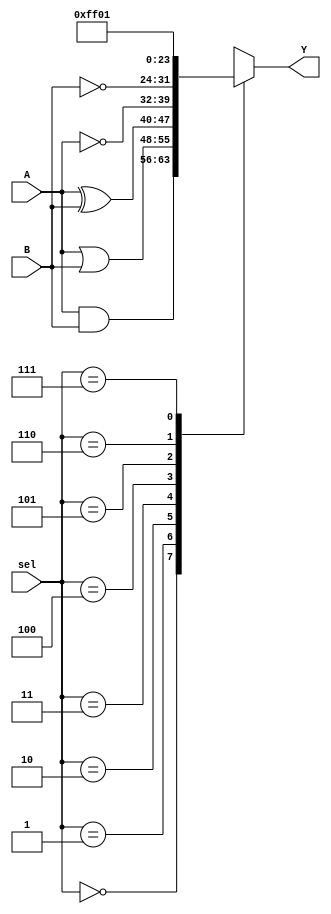
module combinational_logic_block (
    input wire [7:0] A,        // 8-bit input A
    input wire [7:0] B,        // 8-bit input B
    input wire [2:0] sel,      // 3-bit selector for multiplexing
    output wire [7:0] Y        // 8-bit output Y
);

// Internal signals for product terms
wire [7:0] and_term;
wire [7:0] or_term;
wire [7:0] xor_term;
wire [7:0] not_A;
wire [7:0] not_B;

// Logic operations
assign and_term = A & B;          // AND operation
assign or_term = A | B;           // OR operation
assign xor_term = A ^ B;          // XOR operation
assign not_A = ~A;                // NOT operation on A
assign not_B = ~B;                // NOT operation on B

// Multiplexer to select output based on sel input
always @(*) begin
    case (sel)
        3'b000: Y = and_term;     // Output AND result
        3'b001: Y = or_term;      // Output OR result
        3'b010: Y = xor_term;     // Output XOR result
        3'b011: Y = not_A;        // Output NOT A
        3'b100: Y = not_B;        // Output NOT B
        3'b101: Y = 8'b00000000;  // Output 0
        3'b110: Y = 8'b11111111;  // Output 255
        3'b111: Y = 8'b00000001;  // Output 1
        default: Y = 8'b00000000;  // Default case
    endcase
end

endmodule